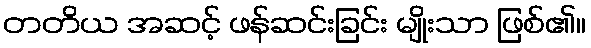
တတိယ အဆင့် ဖန်ဆင်းခြင်း မျိုးသာ ဖြစ်၏။